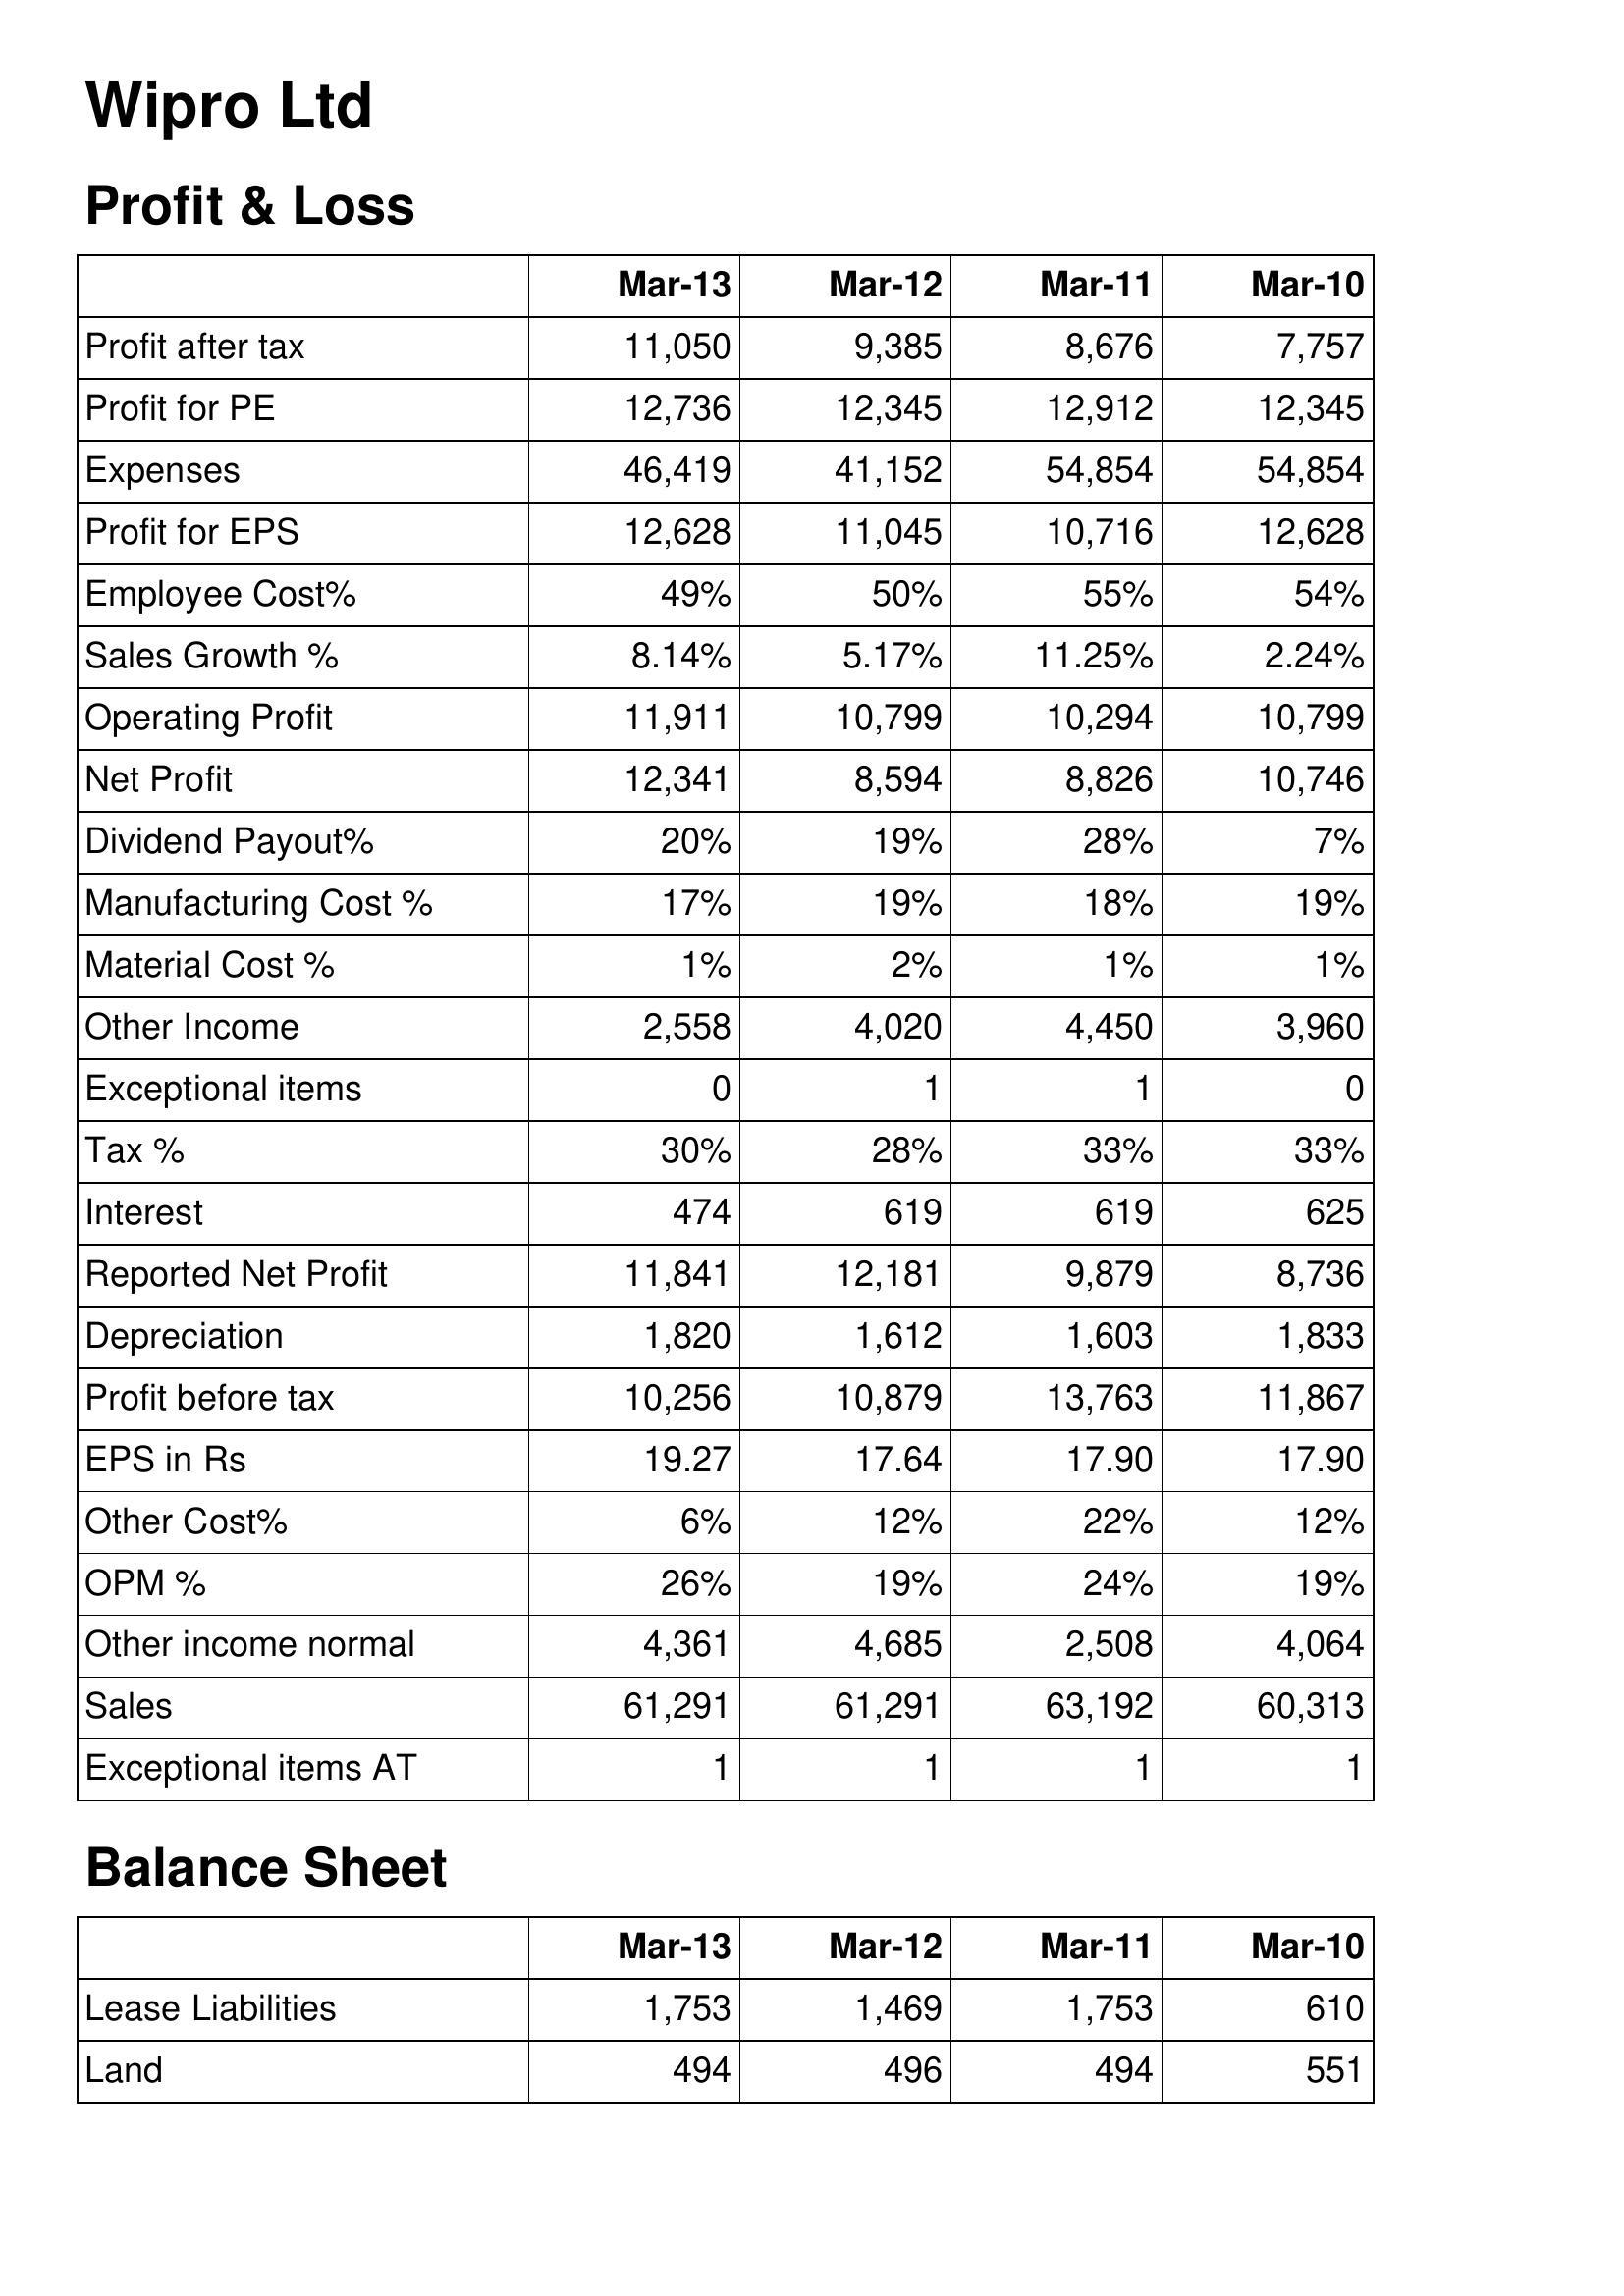
Mar-13: Profit & Loss: Profit after tax: 11,050
Profit for PE: 12,736
Expenses: 46,419
Profit for EPS: 12,628
Employee Cost%: 49%
Sales Growth %: 8.14%
Operating Profit: 11,911
Net Profit: 12,341
Dividend Payout%: 20%
Manufacturing Cost %: 17%
Material Cost %: 1%
Other Income: 2,558
Exceptional items: 0
Tax %: 30%
Interest: 474
Reported Net Profit: 11,841
Depreciation: 1,820
Profit before tax: 10,256
EPS in Rs: 19.27
Other Cost%: 6%
OPM %: 26%
Other income normal: 4,361
Sales: 61,291
Exceptional items AT: 1
Balance Sheet: Lease Liabilities: 1,753
Land: 494
Mar-12: Profit & Loss: Profit after tax: 9,385
Profit for PE: 12,345
Expenses: 41,152
Profit for EPS: 11,045
Employee Cost%: 50%
Sales Growth %: 5.17%
Operating Profit: 10,799
Net Profit: 8,594
Dividend Payout%: 19%
Manufacturing Cost %: 19%
Material Cost %: 2%
Other Income: 4,020
Exceptional items: 1
Tax %: 28%
Interest: 619
Reported Net Profit: 12,181
Depreciation: 1,612
Profit before tax: 10,879
EPS in Rs: 17.64
Other Cost%: 12%
OPM %: 19%
Other income normal: 4,685
Sales: 61,291
Exceptional items AT: 1
Balance Sheet: Lease Liabilities: 1,469
Land: 496
Mar-11: Profit & Loss: Profit after tax: 8,676
Profit for PE: 12,912
Expenses: 54,854
Profit for EPS: 10,716
Employee Cost%: 55%
Sales Growth %: 11.25%
Operating Profit: 10,294
Net Profit: 8,826
Dividend Payout%: 28%
Manufacturing Cost %: 18%
Material Cost %: 1%
Other Income: 4,450
Exceptional items: 1
Tax %: 33%
Interest: 619
Reported Net Profit: 9,879
Depreciation: 1,603
Profit before tax: 13,763
EPS in Rs: 17.90
Other Cost%: 22%
OPM %: 24%
Other income normal: 2,508
Sales: 63,192
Exceptional items AT: 1
Balance Sheet: Lease Liabilities: 1,753
Land: 494
Mar-10: Profit & Loss: Profit after tax: 7,757
Profit for PE: 12,345
Expenses: 54,854
Profit for EPS: 12,628
Employee Cost%: 54%
Sales Growth %: 2.24%
Operating Profit: 10,799
Net Profit: 10,746
Dividend Payout%: 7%
Manufacturing Cost %: 19%
Material Cost %: 1%
Other Income: 3,960
Exceptional items: 0
Tax %: 33%
Interest: 625
Reported Net Profit: 8,736
Depreciation: 1,833
Profit before tax: 11,867
EPS in Rs: 17.90
Other Cost%: 12%
OPM %: 19%
Other income normal: 4,064
Sales: 60,313
Exceptional items AT: 1
Balance Sheet: Lease Liabilities: 610
Land: 551